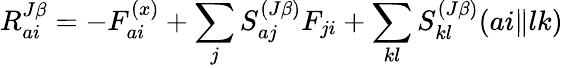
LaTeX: R_{ai}^{J\beta}=-F_{ai}^{(x)}+\sum_{j}S_{aj}^{(J\beta)}F_{ji}+\sum_{kl}S_{kl}^{(J\beta)}(ai\| lk)